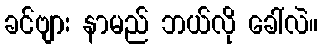
ခင်ဗျား နာမည် ဘယ်လို ခေါ်လဲ။